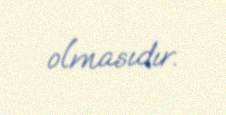
olmasıdır.